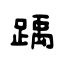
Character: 踽